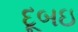
દૂબઇ